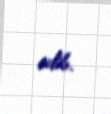
edib.